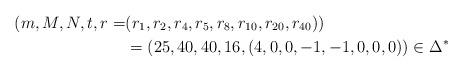
LaTeX: \begin{align*}(m,M,N,t,r=&(r_1, r_2, r_4, r_5, r_8, r_{10}, r_{20}, r_{40}))\\&=(25,40,40,16,(4, 0, 0, -1, -1, 0, 0, 0))\in\Delta^*\end{align*}